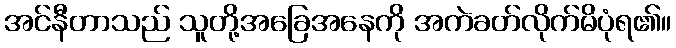
အင်နီတာသည် သူတို့အခြေအနေကို အကဲခတ်လိုက်မိပုံရ၏။